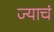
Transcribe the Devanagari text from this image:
ज्याचं